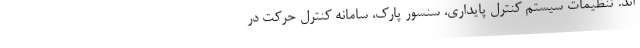
اند. تنظیمات سیستم کنترل پایداری، سنسور پارک، سامانه کنترل حرکت در